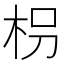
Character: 枴